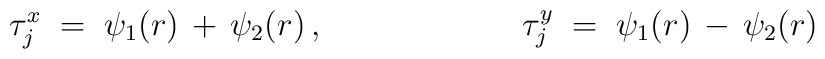
\tau^x_j \;=\; \psi_1(r) \,+\, \psi_2(r) \,,\hspace{2.5cm}\tau^y_j \;=\; \psi_1(r) \,-\, \psi_2(r)